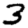
Digit: 3